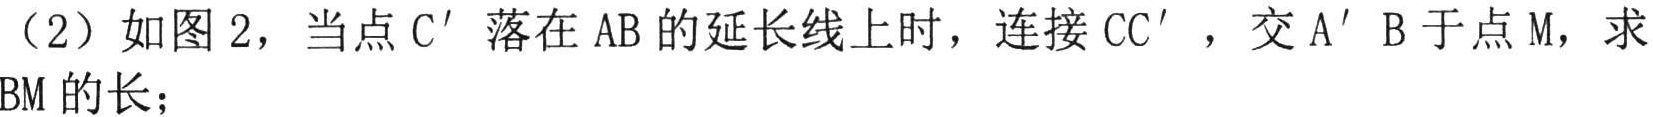
（2）如图 2，当点 \(C'\) 落在 \(AB\) 的延长线上时，连接 \(CC'\)，交 \(A'B\) 于点 \(M\)，求 \(BM\) 的长；